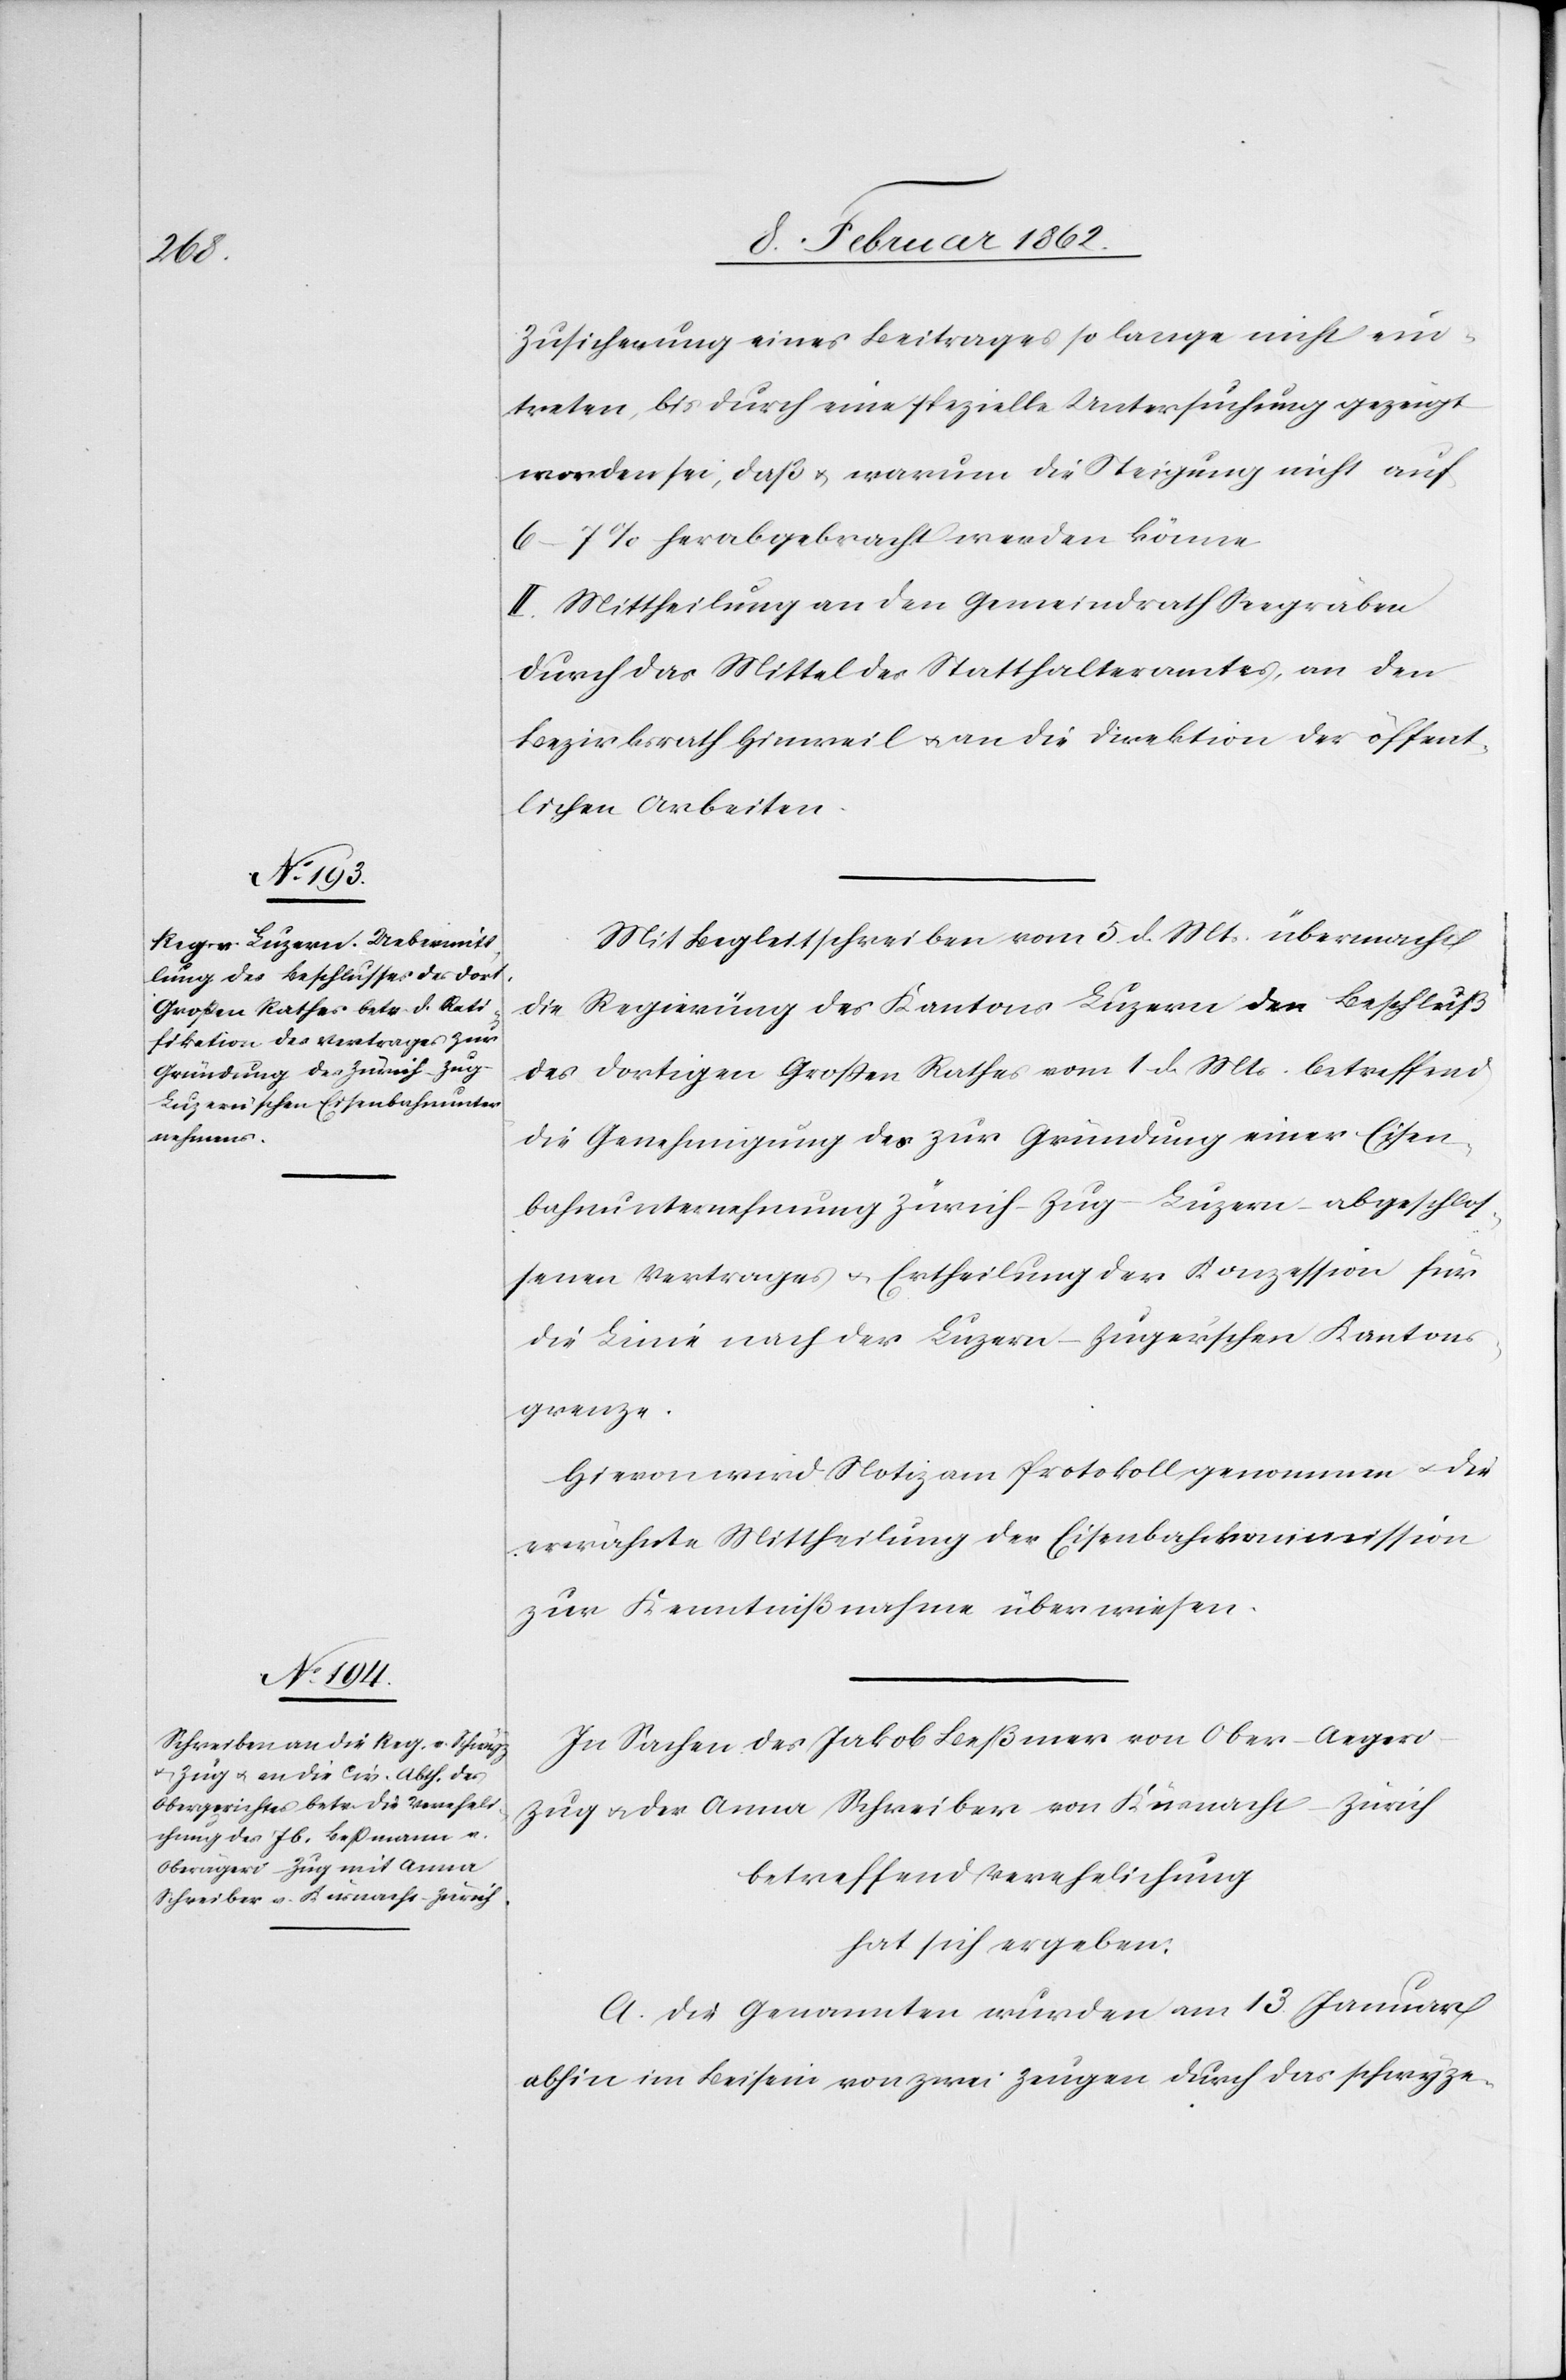
Zusicherung eines Beitrages so lange nicht ein¬
treten, bis durch eine spezielle Untersuchung gezeigt
worden sei, daß u. warum die Steigung nicht auf
6–7% herabgebracht werden könne
II. Mittheilung an den Gemeindrath Seegräben
durch das Mittel des Statthalteramtes, an den
Bezirksrath Hinweil u. an die Direktion der öffent¬
lichen Arbeiten.
Mit Begleitschreiben vom 5. d. Mts. übermacht
die Regierung des Kantons Luzern den Beschluß
des dortigen Großen Rathes vom 1. d. Mts. betreffend
die Genehmigung des zur Gründung einer Eisen¬
bahnunternehmung Zürich–Zug–Luzern abgeschlos¬
senen Vertrages u. Ertheilung der Konzession für
die Linie nach der Luzern-Zugerschen Kantons¬
grenze.
Hievon wird Notiz am Protokoll genommen u. die
erwähnte Mittheilung der Eisenbahnkommission
zur Kenntnißnahme überwiesen.
In Sachen des Jakob Beßmer [sic!] von Ober-Aeger¬
i–Zug u. der Anna Schreiber von Küsnacht–Zürich
betreffend Verehelichung
hat sich ergeben:
A. Die Genannten wurden am 13. Januar
abhin im Beisein von zwei Zeugen durch das schwyze-